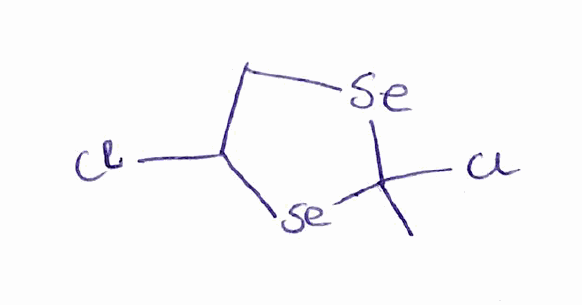
Simplified molecular-input line-entry system (SMILES) notation of the given molecule:
CC1([Se]CC([Se]1)Cl)Cl